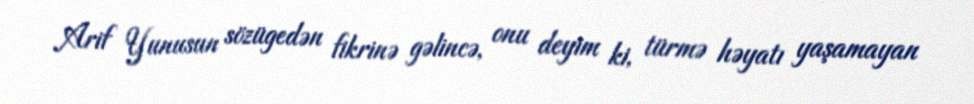
Arif Yunusun sözügedən fikrinə gəlincə, onu deyim ki, türmə həyatı yaşamayan